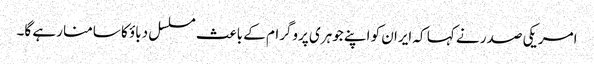
امریکی صدر نے کہا کہ ایران کو اپنے جوہری پروگرام کے باعث مسلسل دباؤ کا سامنا رہے گا۔